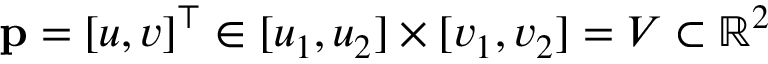
\mathbf { p } = [ u , v ] ^ { \top } \in [ u _ { 1 } , u _ { 2 } ] \times [ v _ { 1 } , v _ { 2 } ] = V \subset \mathbb { R } ^ { 2 }